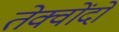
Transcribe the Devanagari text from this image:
तेक्वोंदो